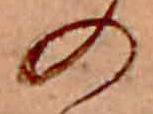
の